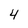
Character: 4